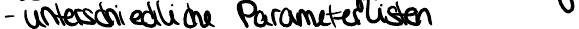
- unterschiedliche Parameterlisten